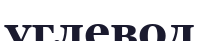
углевод